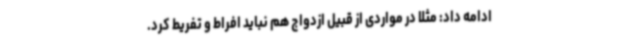
ادامه داد: مثلاً در مواردی از قبیل ازدواج هم نباید افراط و تفریط کرد.